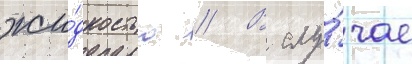
жи́дкостью // В слу́чае